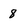
Character: 8